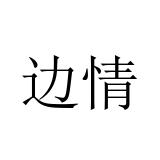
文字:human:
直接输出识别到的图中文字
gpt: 边情